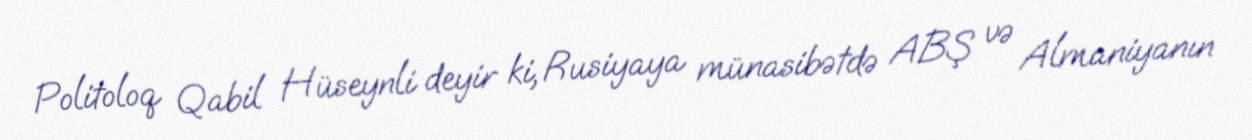
Politoloq Qabil Hüseynli deyir ki, Rusiyaya münasibətdə ABŞ və Almaniyanın